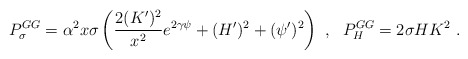
\begin{align*}P^{GG}_{\sigma}=\alpha^2 x \sigma \left(\frac{2(K')^2}{x^2}e^{2\gamma\psi}+(H')^2+(\psi ')^2\right) \ , \ \ P^{GG}_{H}=2\sigma H K^2 \ .\end{align*}